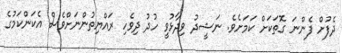
ދެފުށް ފެންނަ ގޮތަކަށް ކަމަށެވެ. ނަޝީދު ވިދާޅުވީ ހުދު ދިވެހި ރައްޔިތުންނަށްވެސް އެކަންކަމުގެ